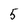
Character: 5